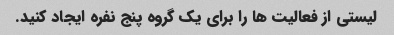
لیستی از فعالیت ها را برای یک گروه پنج نفره ایجاد کنید.